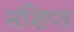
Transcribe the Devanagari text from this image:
संशिप्त